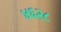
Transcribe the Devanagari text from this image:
४६२८